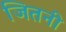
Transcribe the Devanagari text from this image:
जितनी